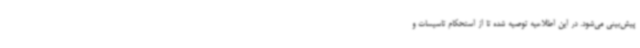
پیش‌بینی می‌شود. در این اطلاعیه توصیه ‌شده تا از استحکام تاسیسات و